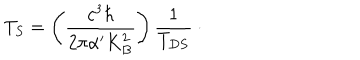
LaTeX: T _ { S } = \left( \frac { c ^ { 3 } \hbar } { 2 \pi \alpha ^ { \prime } K _ { B } ^ { 2 } } \right) \frac { 1 } { T _ { D S } } \: \cdot